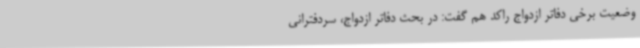
وضعیت برخی دفاتر ازدواج راکد هم گفت: در بحث دفاتر ازدواج، سردفترانی